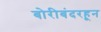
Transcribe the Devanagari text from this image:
बोरीबंदरहून